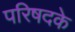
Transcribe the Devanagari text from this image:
परिषदके